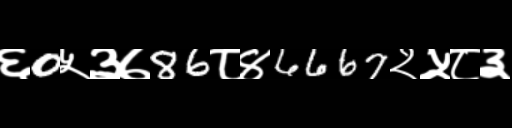
Text: ६0५३७86८४6667२५८३